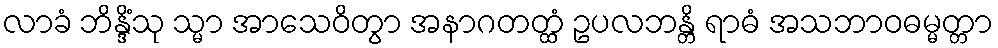
လာခံ ဘိန္ဒိံသု သ္မာ အာသေဝိတွာ အနာဂတတ္ထံ ဥပလဘန္တိ ရာဓံ အသဘာဝဓမ္မတ္တာ